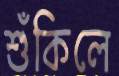
শুঁকিলে